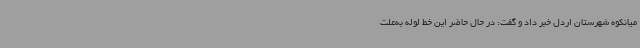
میانکوه شهرستان اردل خبر داد و گفت: در حال حاضر این خط لوله به‌علت